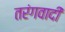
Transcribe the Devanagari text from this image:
तरंगवादी